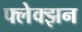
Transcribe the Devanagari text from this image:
फ्लेक्झन